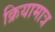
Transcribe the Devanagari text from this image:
क्रियामात्र